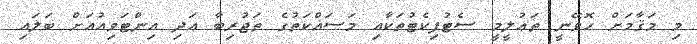
މި މަޤާމަށް ހޮވޭނީ ތަޢުލީމީ ސެޓުފިކެޓުތަކާއި މަސައްކަތުގެ ތަޖުރިބާ އަދި އިންޓަވިއުއަށް ބަލައިި